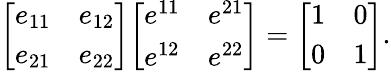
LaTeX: {\left[\begin{array}{ll}{e_{11}}&{e_{12}}\\ {e_{21}}&{e_{22}}\end{array}\right]}{\left[\begin{array}{ll}{e^{11}}&{e^{21}}\\ {e^{12}}&{e^{22}}\end{array}\right]}={\left[\begin{array}{ll}{1}&{0}\\ {0}&{1}\end{array}\right]}.